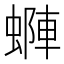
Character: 𧏶